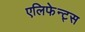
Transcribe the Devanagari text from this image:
एलिफेन्ट्स